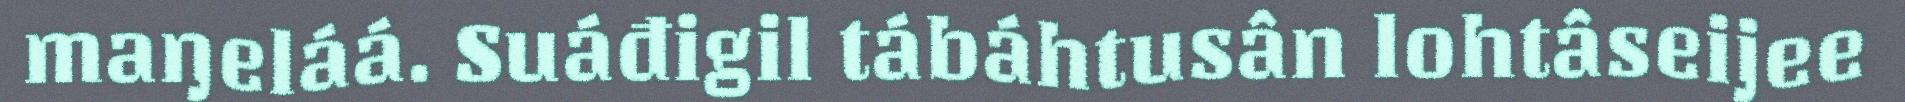
maŋeláá. Suáđigil tábáhtusân lohtâseijee